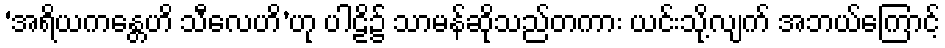
‘အရိယကန္တေဟိ သီလေဟိ’ဟု ပါဠိ၌ သာမန်ဆိုသည်တကား ယင်းသို့လျက် အဘယ်ကြောင့်